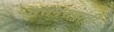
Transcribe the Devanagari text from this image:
उत्तमरावांनी